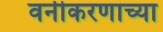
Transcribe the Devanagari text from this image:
वनीकरणाच्या